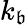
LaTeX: k_{\mathfrak{b}}